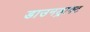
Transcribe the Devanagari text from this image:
डाउनड्राफ्ट